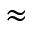
\approx